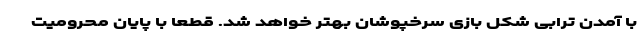
با آمدن ترابی شکل بازی سرخپوشان بهتر خواهد شد. قطعا با پایان محرومیت